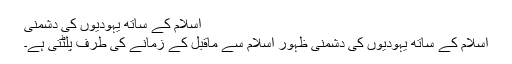
اسلام کے ساتھ یہودیوں کی دشمنی
اسلام کے ساتھ یہودیوں کی دشمنی ظہور اسلام سے ماقبل کے زمانے کی طرف پلٹتی ہے۔